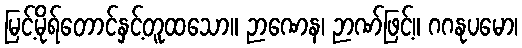
မြင့်မိုရ်တောင်နှင့်တူထသော။ ဉာဏေန၊ ဉာဏ်ဖြင့်။ ဂဂနုပမော၊